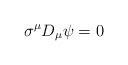
\begin{align*} \sigma^{\mu} D_{\mu} \psi = 0\end{align*}